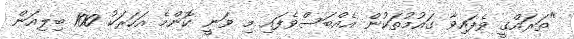
"ތަރައްގީ ވެފައިވާ ގައުމުތަކުން އެއްބަސްވެފައި މި ވަނީ ކޮންމެ އަހަރަކު 100 ބިލިއަން